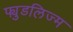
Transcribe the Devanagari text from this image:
फ्युडलिज्म